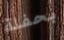
بحفلة